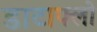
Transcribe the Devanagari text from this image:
डाटाफ्लो